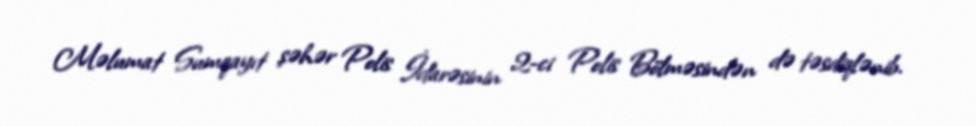
Məlumat Sumqayıt şəhər Polis İdarəsinin 2-ci Polis Bölməsindən də təsdiqlənib.